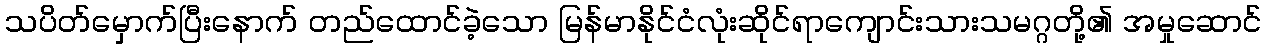
သပိတ်မှောက်ပြီးနောက် တည်ထောင်ခဲ့သော မြန်မာနိုင်ငံလုံးဆိုင်ရာကျောင်းသားသမဂ္ဂတို့၏ အမှုဆောင်